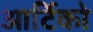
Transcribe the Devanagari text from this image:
आर्टिको